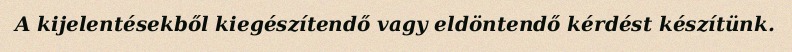
A kijelentésekből kiegészítendő vagy eldöntendő kérdést készítünk.